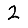
Digit: 2